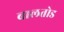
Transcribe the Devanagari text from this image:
बालतोड